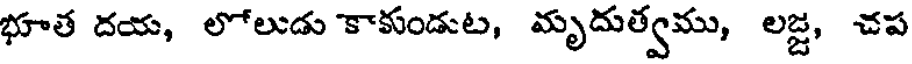
భూత దయ, లోలుడు కాకుండుట, మృదుత్వము, లజ్జ, చప